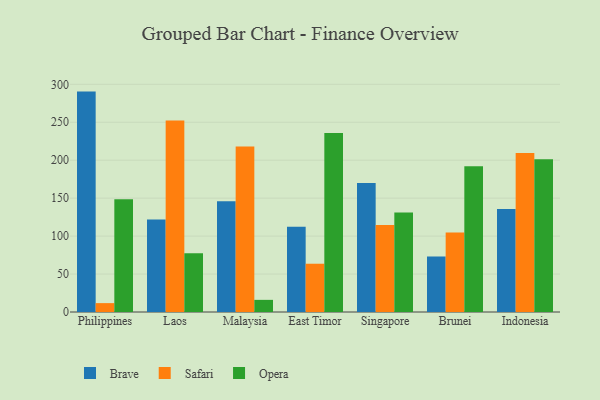
{"axis": {"x": "Country", "y": "Page Views"}, "legend": ["Brave", "Opera", "Safari"], "data": [{"x": "Philippines", "y": 290.4, "type": "Brave"}, {"x": "Philippines", "y": 11.7, "type": "Safari"}, {"x": "Philippines", "y": 148.6, "type": "Opera"}, {"x": "Laos", "y": 121.8, "type": "Brave"}, {"x": "Laos", "y": 252.4, "type": "Safari"}, {"x": "Laos", "y": 77.5, "type": "Opera"}, {"x": "Malaysia", "y": 145.8, "type": "Brave"}, {"x": "Malaysia", "y": 218.2, "type": "Safari"}, {"x": "Malaysia", "y": 16.0, "type": "Opera"}, {"x": "East Timor", "y": 112.3, "type": "Brave"}, {"x": "East Timor", "y": 63.6, "type": "Safari"}, {"x": "East Timor", "y": 235.7, "type": "Opera"}, {"x": "Singapore", "y": 169.9, "type": "Brave"}, {"x": "Singapore", "y": 114.5, "type": "Safari"}, {"x": "Singapore", "y": 131.0, "type": "Opera"}, {"x": "Brunei", "y": 73.0, "type": "Brave"}, {"x": "Brunei", "y": 104.8, "type": "Safari"}, {"x": "Brunei", "y": 192.2, "type": "Opera"}, {"x": "Indonesia", "y": 135.7, "type": "Brave"}, {"x": "Indonesia", "y": 209.4, "type": "Safari"}, {"x": "Indonesia", "y": 201.3, "type": "Opera"}]}